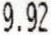
9.92